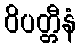
ဝိပတ္တီနံ